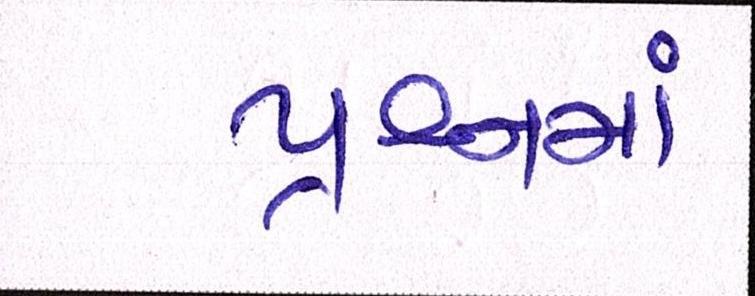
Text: પ્રશ્નમાં